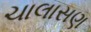
ચાલાસણ